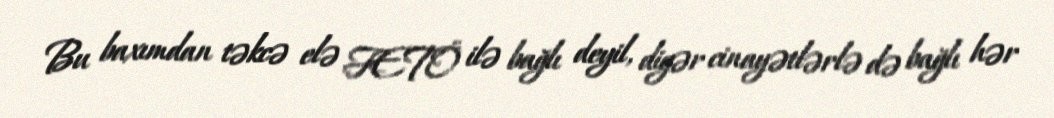
Bu baxımdan təkcə elə FETÖ ilə bağlı deyil, digər cinayətlərlə də bağlı hər